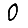
Digit: 0